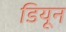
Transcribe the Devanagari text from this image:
डियून